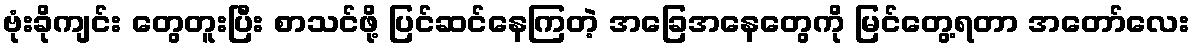
ဗုံးခိုကျင်း တွေတူးပြီး စာသင်ဖို့ ပြင်ဆင်နေကြတဲ့ အခြေအနေတွေကို မြင်တွေ့ရတာ အတော်လေး